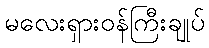
မလေးရှားဝန်ကြီးချုပ်